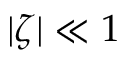
| \zeta | \ll 1